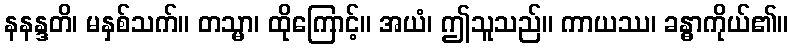
နနန္ဒတိ၊ မနှစ်သက်။ တသ္မာ၊ ထိုကြောင့်။ အယံ၊ ဤသူသည်။ ကာယဿ၊ ခန္ဓာကိုယ်၏။